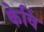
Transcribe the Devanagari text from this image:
केविं